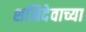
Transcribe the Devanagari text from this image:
शनिदेवाच्या